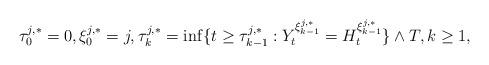
LaTeX: \begin{align*}\tau^{j,*}_{0}=0,\xi^{j,*}_{0}=j,\tau_k^{j,*}=\inf\{t\ge \tau^{j,*}_{k-1}:Y^{\xi^{j,*}_{k-1}}_t=H^{\xi^{j,*}_{k-1}}_t\}\wedge T,k\ge1,\end{align*}